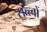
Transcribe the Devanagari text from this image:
सत्त्वों